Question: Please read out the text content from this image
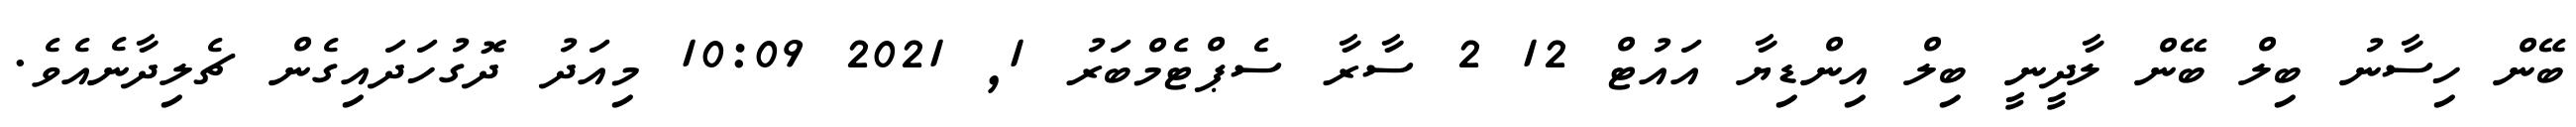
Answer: ބޭން ހިސާނު ބިލް ބޭން ލާދީނީ ބިލް އިންޑިޔާ އައުޓް 12 2 ސާރާ ސެޕްޓެމްބަރު 1, 2021 10:09 މިއަދު ދޮގުހަދައިގެން ޗެލިދާނެއެވެ.